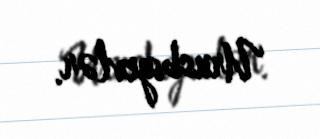
Urusbiyevlər.